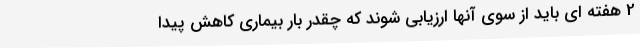
2 هفته ای باید از سوی آنها ارزیابی شوند که چقدر بار بیماری کاهش پیدا